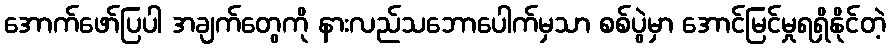
အောက်ဖော်ပြပါ အချက်တွေကို နားလည်သဘောပေါက်မှသာ စစ်ပွဲမှာ အောင်မြင်မှုရရှိနိုင်တဲ့